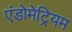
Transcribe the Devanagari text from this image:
एंडोमेट्रियम